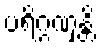
ပရိဂ္ဂဏှန္တိ